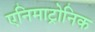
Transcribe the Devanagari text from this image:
एनिमाट्रोनिक